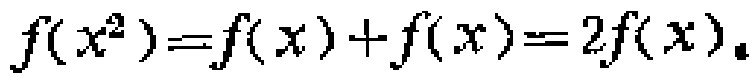
\(f(x^{2})=f(x)+f(x)=2f(x)\)